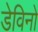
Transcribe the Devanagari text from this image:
डेविनो